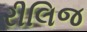
રીલિજ